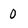
Character: 0